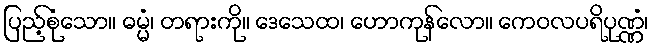
ပြည့်စုံသော။ ဓမ္မံ၊ တရားကို။ ဒေသေထ၊ ဟောကုန်လော။ ကေဝလပရိပုဏ္ဏံ၊